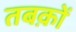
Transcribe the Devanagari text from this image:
तबक़ों